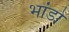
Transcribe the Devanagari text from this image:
भांडो